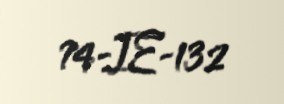
74-IE-132